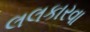
લલકારવા